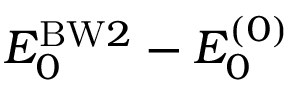
E _ { 0 } ^ { \mathrm { B W } 2 } - E _ { 0 } ^ { ( 0 ) }